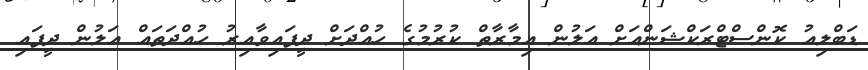
ޑަބްލިއު ކޮންސްޓްރަކްޝަންއަށް އަލުން އިމާރާތް ކުރުމުގެ ހުއްދަށް ދީފައިވާއިރު ހުއްދަތައް އަލުން ދީފައި